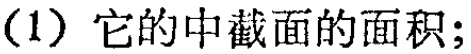
(1) 它的中截面的面积;